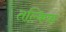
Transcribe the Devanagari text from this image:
तल्किफ